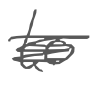
Text: to
Cross-out: scratch
Writing tool: digital_gray